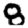
Digit: 8